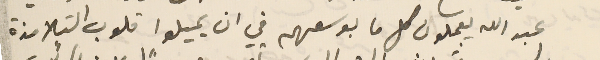
عبد الله يعملون كل ما بوسعهم في ان يميلوا قلوب التلامذة